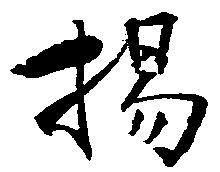
揚